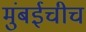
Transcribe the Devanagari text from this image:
मुंबईचीच